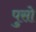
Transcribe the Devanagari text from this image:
पुसो